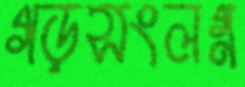
গড়সংলগ্ন